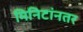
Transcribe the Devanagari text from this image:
मिनिटांनतर